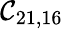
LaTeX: \mathcal{C}_{21,16}